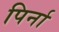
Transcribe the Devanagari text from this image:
पिर्ना